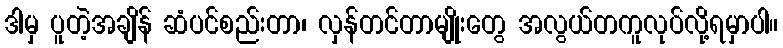
ဒါမှ ပူတဲ့အချိန် ဆံပင်စည်းတာ၊ လှန်တင်တာမျိုးတွေ အလွယ်တကူလုပ်လို့ရမှာပါ။